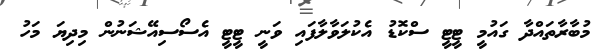
މުބާރާތައްދާ ގައުމީ ޓީޓީ ސްކޮޑު އެކުލަވާލާފައި ވަނީ ޓީޓީ އެސޯސިއޭޝަނުން މިދިޔަ މަހު